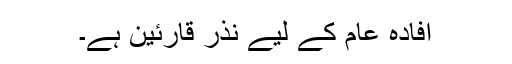
افادۂ عام کے لیے نذرِ قارئین ہے۔